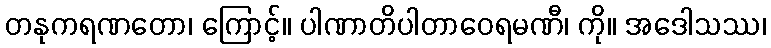
တနုကရဏတော၊ ကြောင့်။ ပါဏာတိပါတာဝေရမဏီ၊ ကို။ အဒေါသဿ၊